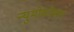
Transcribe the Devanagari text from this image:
न्युमोकोकल